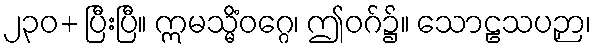
၂၃၀+ ပြီးပြီ။ ဣမသ္မိံဝဂ္ဂေ၊ ဤဝဂ်၌။ သောဠသပဉှာ၊